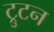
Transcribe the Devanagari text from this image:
ट्रुटन